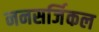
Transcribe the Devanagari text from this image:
ननसर्जिकल